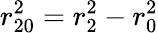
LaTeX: r_{20}^{2}=r_{2}^{2}-r_{0}^{2}